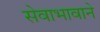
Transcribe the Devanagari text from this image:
सेवाभावाने